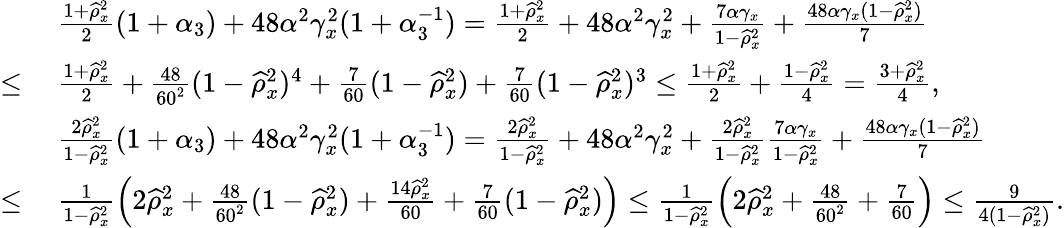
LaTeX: \begin{array}{rl}&{~\textstyle\frac{1+\widehat\rho_{x}^{2}}{2}(1+\alpha_{3})+48\alpha^{2}\gamma_{x}^{2}(1+\alpha_{3}^{-1})=\frac{1+\widehat\rho_{x}^{2}}{2}+48\alpha^{2}\gamma_{x}^{2}+\frac{7\alpha\gamma_{x}}{1-\widehat\rho_{x}^{2}}+\frac{48\alpha\gamma_{x}(1-\widehat\rho_{x}^{2})}{7}}\\ {\leq}&{~\textstyle\frac{1+\widehat\rho_{x}^{2}}{2}+\frac{48}{60^{2}}(1-\widehat\rho_{x}^{2})^{4}+\frac{7}{60}(1-\widehat\rho_{x}^{2})+\frac{7}{60}(1-\widehat\rho_{x}^{2})^{3}\leq\frac{1+\widehat\rho_{x}^{2}}{2}+\frac{1-\widehat\rho_{x}^{2}}{4}=\frac{3+\widehat\rho_{x}^{2}}{4},}\\ &{~\textstyle\frac{2\widehat\rho_{x}^{2}}{1-\widehat\rho_{x}^{2}}(1+\alpha_{3})+48\alpha^{2}\gamma_{x}^{2}(1+\alpha_{3}^{-1})=\frac{2\widehat\rho_{x}^{2}}{1-\widehat\rho_{x}^{2}}+48\alpha^{2}\gamma_{x}^{2}+\frac{2\widehat\rho_{x}^{2}}{1-\widehat\rho_{x}^{2}}\frac{7\alpha\gamma_{x}}{1-\widehat\rho_{x}^{2}}+\frac{48\alpha\gamma_{x}(1-\widehat\rho_{x}^{2})}{7}}\\ {\leq}&{~\textstyle\frac{1}{1-\widehat\rho_{x}^{2}}\left(2\widehat\rho_{x}^{2}+\frac{48}{60^{2}}(1-\widehat\rho_{x}^{2})+\frac{14\widehat\rho_{x}^{2}}{60}+\frac{7}{60}(1-\widehat\rho_{x}^{2})\right)\leq\frac{1}{1-\widehat\rho_{x}^{2}}\left(2\widehat\rho_{x}^{2}+\frac{48}{60^{2}}+\frac{7}{60}\right)\leq\frac{9}{4(1-\widehat\rho_{x}^{2})}.}\end{array}